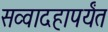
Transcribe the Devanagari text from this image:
सव्वादहापर्यंत